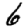
Digit: 6